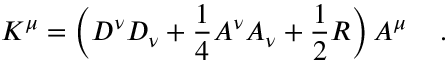
{ \cal K } ^ { \mu } = \Big ( D ^ { \nu } D _ { \nu } + \frac { 1 } { 4 } A ^ { \nu } A _ { \nu } + \frac { 1 } { 2 } R \Big ) \, A ^ { \mu } \quad \, .